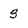
Character: 3